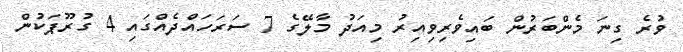
ވުރެ ގިނަ މެންބަރުން ބައިވެރިވިއިރު މިއަދު މާލޭގެ 7 ސަރަހައްދެއްގައި 4 ގުރޫޕަކުން